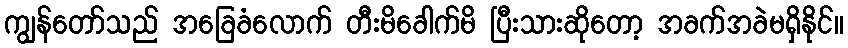
ကျွန်တော်သည် အခြေခံလောက် တီးမိခေါက်မိ ပြီးသားဆိုတော့ အခက်အခဲမရှိနိုင်။